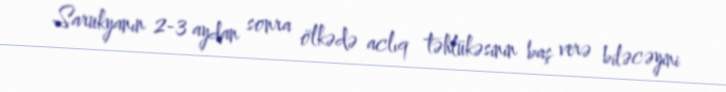
Sarukyanın 2-3 aydan sonra ölkədə aclıq təhlükəsinin baş verə biləcəyini